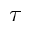
\tau